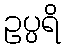
ဥပ္ပရိ